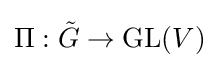
\Pi :{\tilde {G}}\rightarrow \operatorname {GL} (V)